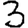
Digit: 3